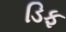
ડિફ